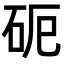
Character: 𥑉